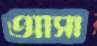
আসা